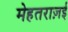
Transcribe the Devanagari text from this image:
मेहतराज़ई